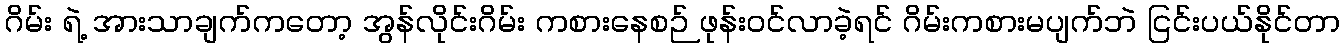
ဂိမ်း ရဲ့ အားသာချက်ကတော့ အွန်လိုင်းဂိမ်း ကစားနေစဉ် ဖုန်းဝင်လာခဲ့ရင် ဂိမ်းကစားမပျက်ဘဲ ငြင်းပယ်နိုင်တာ